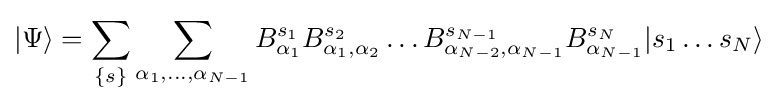
|\Psi \rangle =\sum _{\{s\}}\sum _{\alpha _{1},\ldots ,\alpha _{N-1}}B_{\alpha _{1}}^{s_{1}}B_{\alpha _{1},\alpha _{2}}^{s_{2}}\ldots B_{\alpha _{N-2},\alpha _{N-1}}^{s_{N-1}}B_{\alpha _{N-1}}^{s_{N}}|s_{1}\ldots s_{N}\rangle